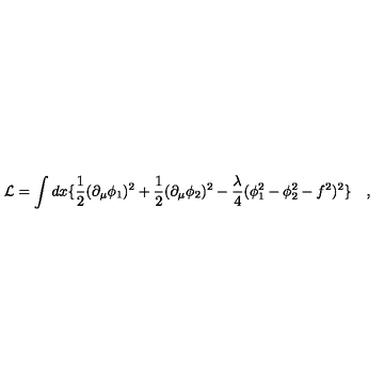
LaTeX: \mathcal { L } = \int d x \{ \frac { 1 } { 2 } ( \partial _ { \mu } \phi _ { 1 } ) ^ { 2 } + \frac { 1 } { 2 } ( \partial _ { \mu } \phi _ { 2 } ) ^ { 2 } - \frac { \lambda } { 4 } ( \phi _ { 1 } ^ { 2 } - \phi _ { 2 } ^ { 2 } - f ^ { 2 } ) ^ { 2 } \} \quad ,